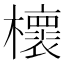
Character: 櫰